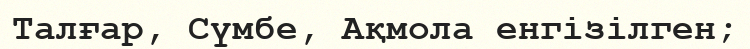
Талғар, Сүмбе, Ақмола енгізілген;